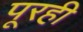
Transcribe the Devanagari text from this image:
पूरही